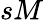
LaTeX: sM